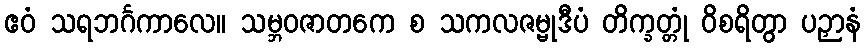
ဧဝံ သရဘင်္ဂကာလေ။ သမ္ဘဝဇာတကေ စ သကလဇမ္ဗုဒီပံ တိက္ခတ္တုံ ဝိစရိတွာ ပဉှာနံ